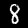
Label: 8